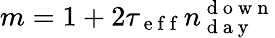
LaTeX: m=1+2\tau_{\mathrm{~e~f~f~}}n_{\mathrm{~d~a~y~}}^{\mathrm{~d~o~w~n~}}